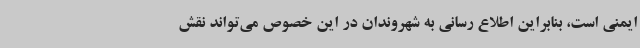
ایمنی است، بنابراین اطلاع رسانی به شهروندان در این خصوص می‌تواند نقش